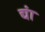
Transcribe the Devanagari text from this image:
द्यां